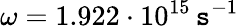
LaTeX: \omega=1.922\cdot10^{15}\, \mathtt{s}^{-1}